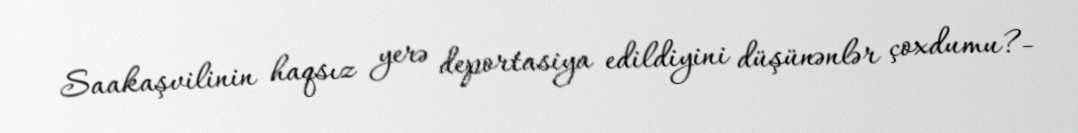
Saakaşvilinin haqsız yerə deportasiya edildiyini düşünənlər çoxdumu?-